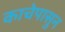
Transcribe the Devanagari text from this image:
काचेपासुन